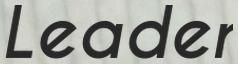
Leader